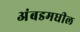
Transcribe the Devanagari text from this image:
अंबडमधील